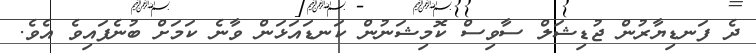
ދެ ފަނޑިޔާރުން ޖުޑިޝަލް ސާވިސް ކޮމިޝަނުން ކަނޑައަޅަން ވާނެ ކަމަށް ބުނެފައިވެ އެވެ.